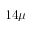
1 4 \mu